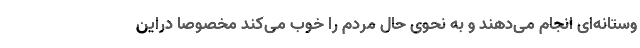
وستانه‌ای انجام می‌دهند و به نحوی حال مردم را خوب می‌کند مخصوصا دراین